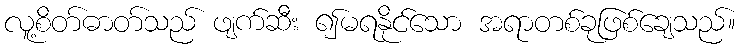
လူ့စိတ်ဓာတ်သည် ဖျက်ဆီး ၍မရနိုင်သော အရာတစ်ခုဖြစ်ချေသည်။